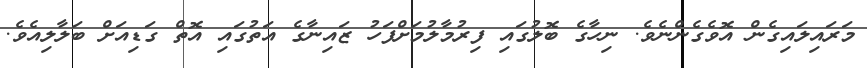
މަރައިލައިގެން އޮވެގެންނެވެ. ނިހާގެ ބޮލުގައި ފިރުމާލުމަށްފަހު ޒައިނާގެ އަތުގައި އޮތް ގަޑިއަށް ބަލާލިއެވެ.